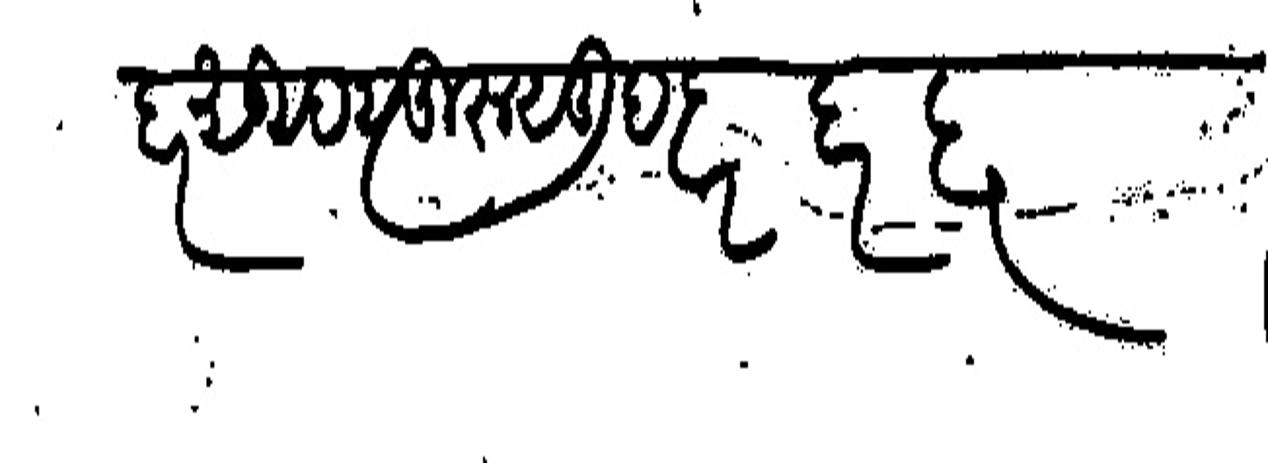
Transliteration (Devanagari): जाबार सुरू सुद सुरू सुद बार बार बार